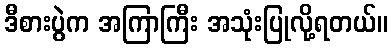
ဒီစားပွဲက အကြာကြီး အသုံးပြုလို့ရတယ်။